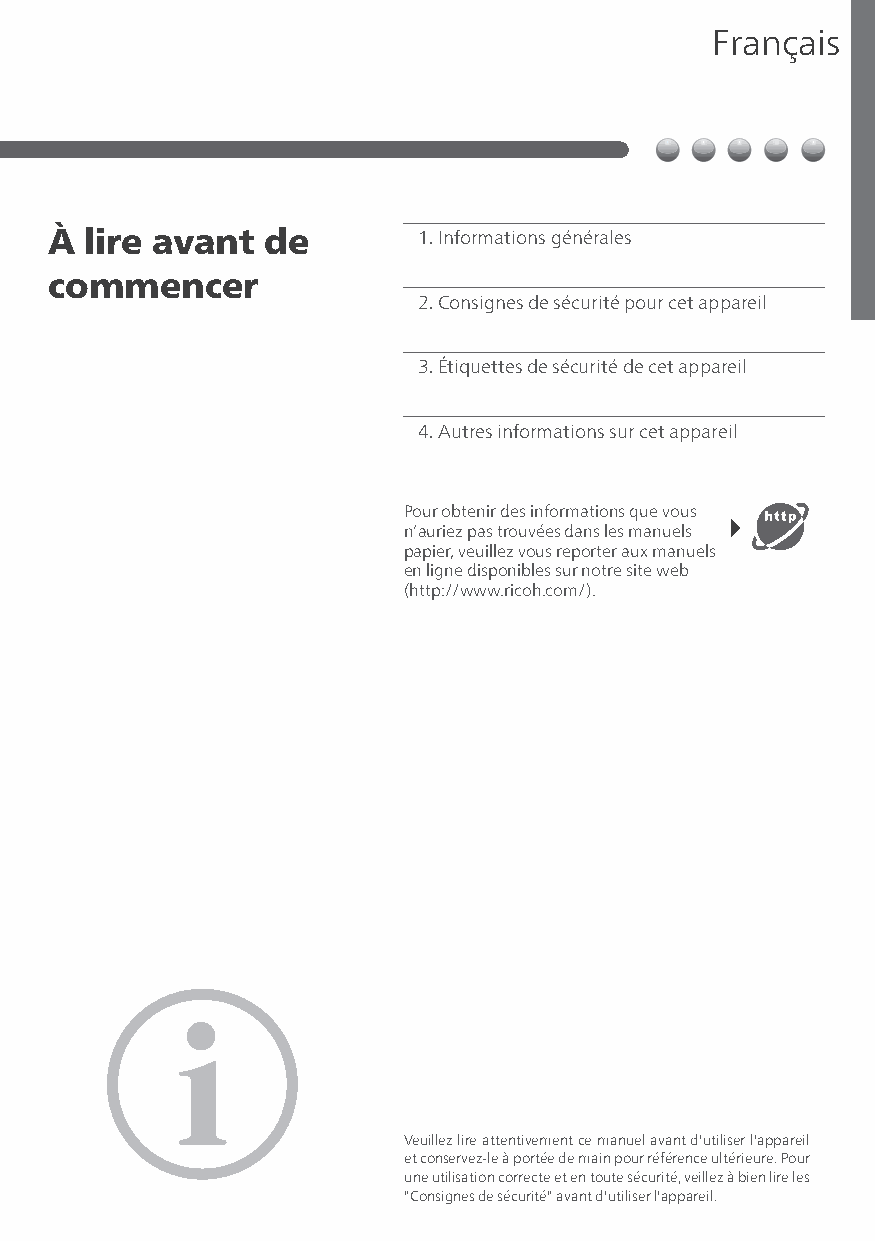
Français
 À  lire avant de         1.Informations générales
 commencer
 2.Consignes de sécurité pour cet appareil
 3.Étiquettes de sécurité de cet appareil
 4.Autres informations sur cet appareil
 Pour obtenir des informations que vous
 n’auriez pas trouvées dans les manuels
 papier, veuillez vous reporter aux manuels
 en ligne disponibles sur notre site web
 (http://www.ricoh.com/).
 Veuillez lire attentivement ce manuel avant d'utiliser l'appareil
 et conservez-le à portée de main pour référence ultérieure. Pour
 une utilisation correcte et en toute sécurité, veillez à bien lire les
 "Consignes de sécurité" avant d'utiliser l'appareil.